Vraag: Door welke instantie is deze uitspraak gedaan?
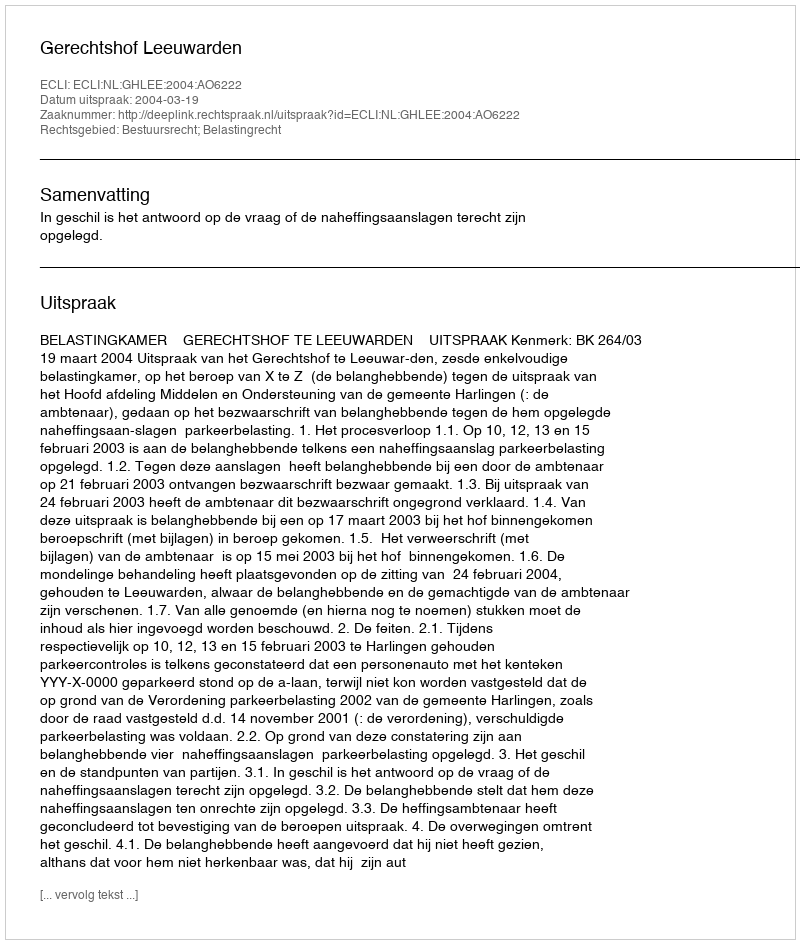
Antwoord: Gerechtshof Leeuwarden